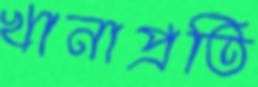
খানাপ্রতি